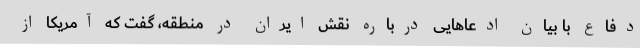
دفاع با بیان ادعاهایی درباره نقش ایران در منطقه، گفت که آمریکا از